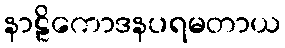
နာဠိကောဒနပရမတာယ